Insane asylums Bombay 1873-77 - 1873-1877
Year: 1873
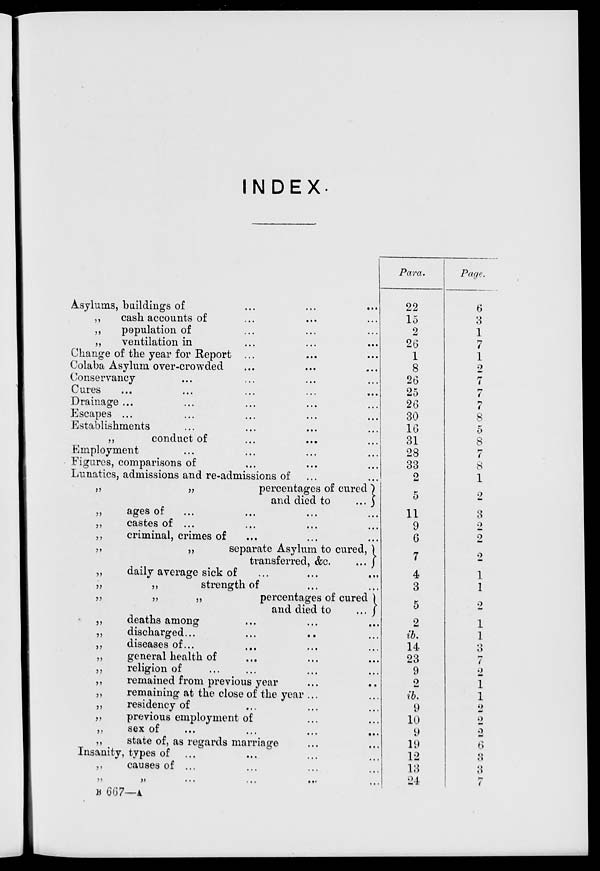
INDEX.
Asylums, buildings of ... ... ...
..
cash accounts of ... ... ...
..
population of ... ... ...
„
ventilation in ... ... ...
Change of the year for Report ... ... ...
Colaba Asylum over-crowded ... ... ...
Conservancy ... ... ... ...
Cures
...
...
...
...
...
Drainage ... ... ... ... ...
Escapes ... ... ... ... ...
Establishments ... ... ... ...
..
conduct of ... ... ...
Employment ... ... ... ...
Figures, comparisons of ... ... ...
Lunatics, admissions and re-admissions of ... ...
„
„
percentages of cured
and died to
...
..
ages of ... ... ... ...
..
castes of ... ... ... ...
„
criminal, crimes of ... ... ...
„
„
separate Asylum to cured,
transferred, &c.
...
„
daily average sick of ... ... ... ...
„
„
strength of ... ...
„
„
„
percentages of cured
and died to
...
„
deaths among ... ... ...
„
discharged ... ... ... ...
„
diseases of ... ... ... ...
„
general health of ... ... ...
„
religion of ... ... ... ...
„
remained from previous year ... ...
„
remaining at the close of the year ... ...
„
residency of ... ... ...
„
previous employment of ... ...
„
sex
of
...
...
...
...
„
state of, as regards marriage ... ...
Insanity, types of ... ... ... ...
„
causes of ... ... ... ...
„ „ ... ... ... ...
B 667—A.
Para.
22
15
2
26
1
8
26
25
26
30
16
31
28
33
2
5
11
9
6
7
4
3
5
2
ib.
14
23
9
2
ib.
9
10
9
19
12
13
24
Page.
6
3
1
7
1
2
7
7
7
8
5
8
7
8
1
2
3
2
2
2
1
1
2
1
1
3
7
2
1
1
2
2
2
6
3
3
7